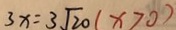
3 x = 3 \sqrt { 2 0 } ( x > 0 )